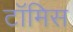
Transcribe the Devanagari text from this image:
टॉमिस